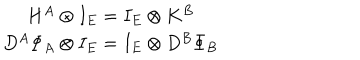
\begin{array} { c } { { H ^ { A } \otimes I _ { E } = I _ { E } \otimes K ^ { B } } } \\ { { D ^ { A } \Phi _ { A } \otimes I _ { E } = I _ { E } \otimes D ^ { B } \Phi _ { B } } } \\ \end{array}